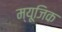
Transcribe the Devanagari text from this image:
म्‍यूजि़क